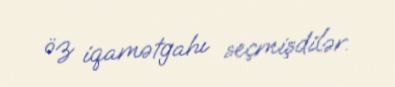
öz iqamətgahı seçmişdilər.